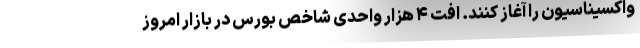
واکسیناسیون را آغاز کنند. افت ۴ هزار واحدی شاخص بورس در بازار امروز